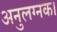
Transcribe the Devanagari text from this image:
अनुलग्नक।